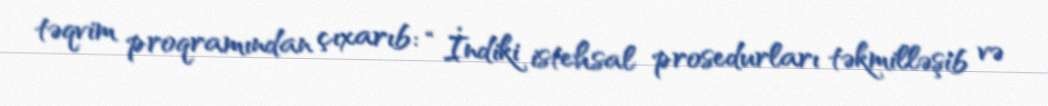
təqvim proqramından çıxarıb: “İndiki istehsal prosedurları təkmilləşib və